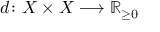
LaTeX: d \colon X \times X \longrightarrow \mathbb { R } _ { \geq 0 }